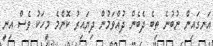
އަނގައިން ނުބުނެ ތިބެ ދެބެން ދުއްވަމުން ދިޔައިރު ކޮންމެ މީހަކު ވެސް އިނީ